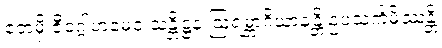
ဧတမှိ ဇီဝဂ္ဂါဟမေဝ သန္တိဋ္ဌနံ ဩရမ္ဘာဂိယာနန္တိ ဥပသင်္ကမိဿန္တိ